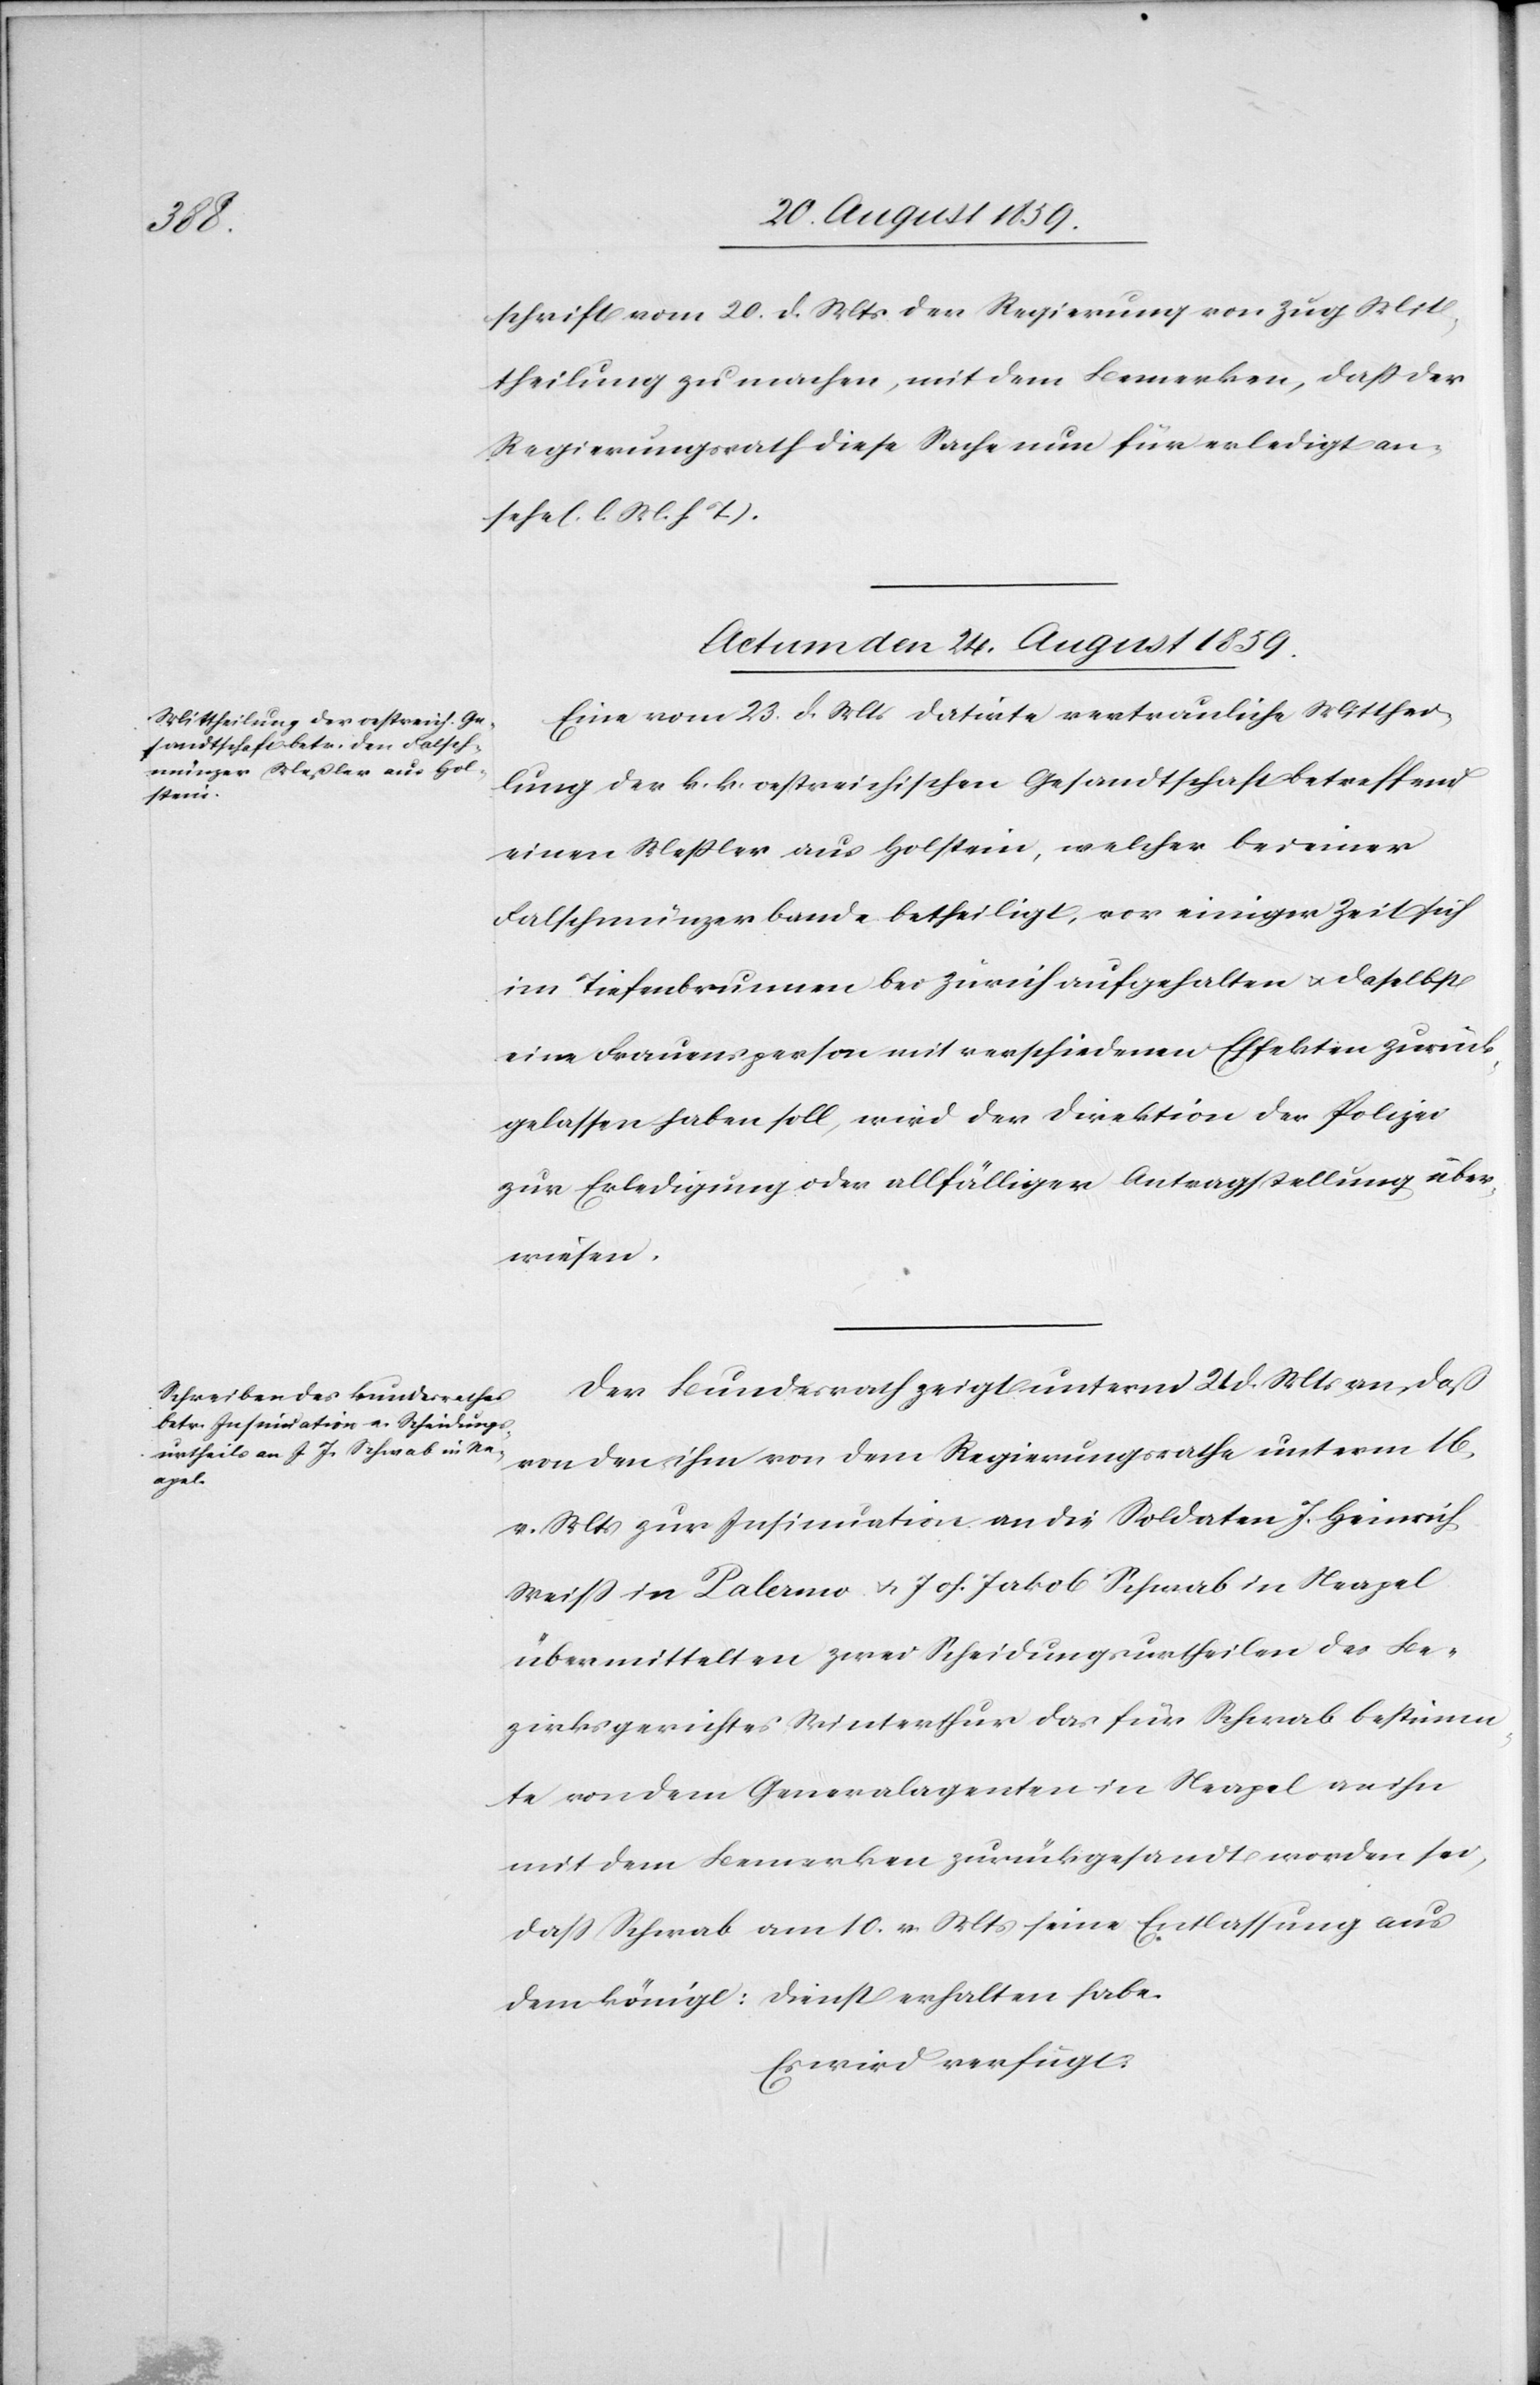
schrift vom 20. d. Mts. der Regierung von Zug Mit¬
theilung zu machen, mit dem Bemerken, daß der
Regierungsrath diese Sache nun für erledigt an¬
sehe (l. M. h. T.).
Actum den 24. August 1859.]
Eine vom 23. d. Mts. datirte vertrauliche Mitthei¬
lung der k. k. oestreichischen Gesandtschaft betreffend
einen Meßler aus Holstein, welcher bei einer
Falschmünzerbande betheiligt, vor einiger Zeit sich
im Tiefenbrunnen bei Zürich aufgehalten & daselbst
eine Frauenperson mit verschiedenen Effekten zurück¬
gelassen haben soll, wird der Direktion der Polizei
zur Erledigung oder allfälliger Antragstellung über¬
wiesen.
Der Bundesrath zeigt unterm 2. d. Mts. an, daß
von den ihm von dem Regierungsrathe unterm 16.
v. Mts. zur Insinuation an die Soldaten J. Heinrich
Weiß in Palermo & Joh. Jakob Schwab in Neapel
übermittelten zwei Scheidungsurtheilen des Be¬
zirksgerichtes Winterthur das für Schwab bestimm¬
te von dem Generalagenten in Neapel an ihn
mit dem Bemerken zurückgesandt worden sei,
daß Schwab am 10. v. Mts. seine Entlassung aus
dem königl: Dienst erhalten habe.
Es wird verfügt: